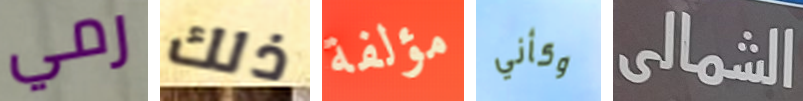
رمي ذلك مؤلفة وكأني الشمالى